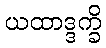
ယထာဒ္ဒက္ခိ